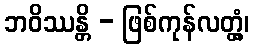
ဘဝိဿန္တိ - ဖြစ်ကုန်လတ္တံ့၊